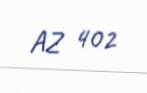
AZ 402